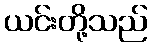
ယင်းတို့သည်